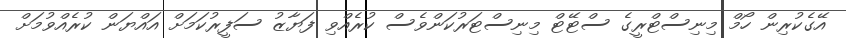
އޭގެކުރިން ހޯމް މިނިސްޓްރީގެ ސްޓޭޓް މިނިސްޓަރުކަންވެސް ކުރެއްވި ފަޔާޒު ސަފީރުކަމަށް އައްޔަން ކުރެއްވުމަށް